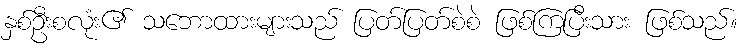
နှစ်ဦးစလုံး၏ သဘောထားများသည် ပြတ်ပြတ်စဲစဲ ဖြစ်ကြပြီးသား ဖြစ်သည်။